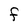
Character: F